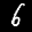
Label: 6